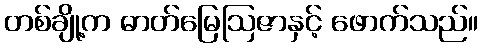
တစ်ချို့က ဓာတ်မြေဩဇာနှင့် ဖောက်သည်။